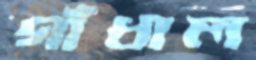
গাঁধাল